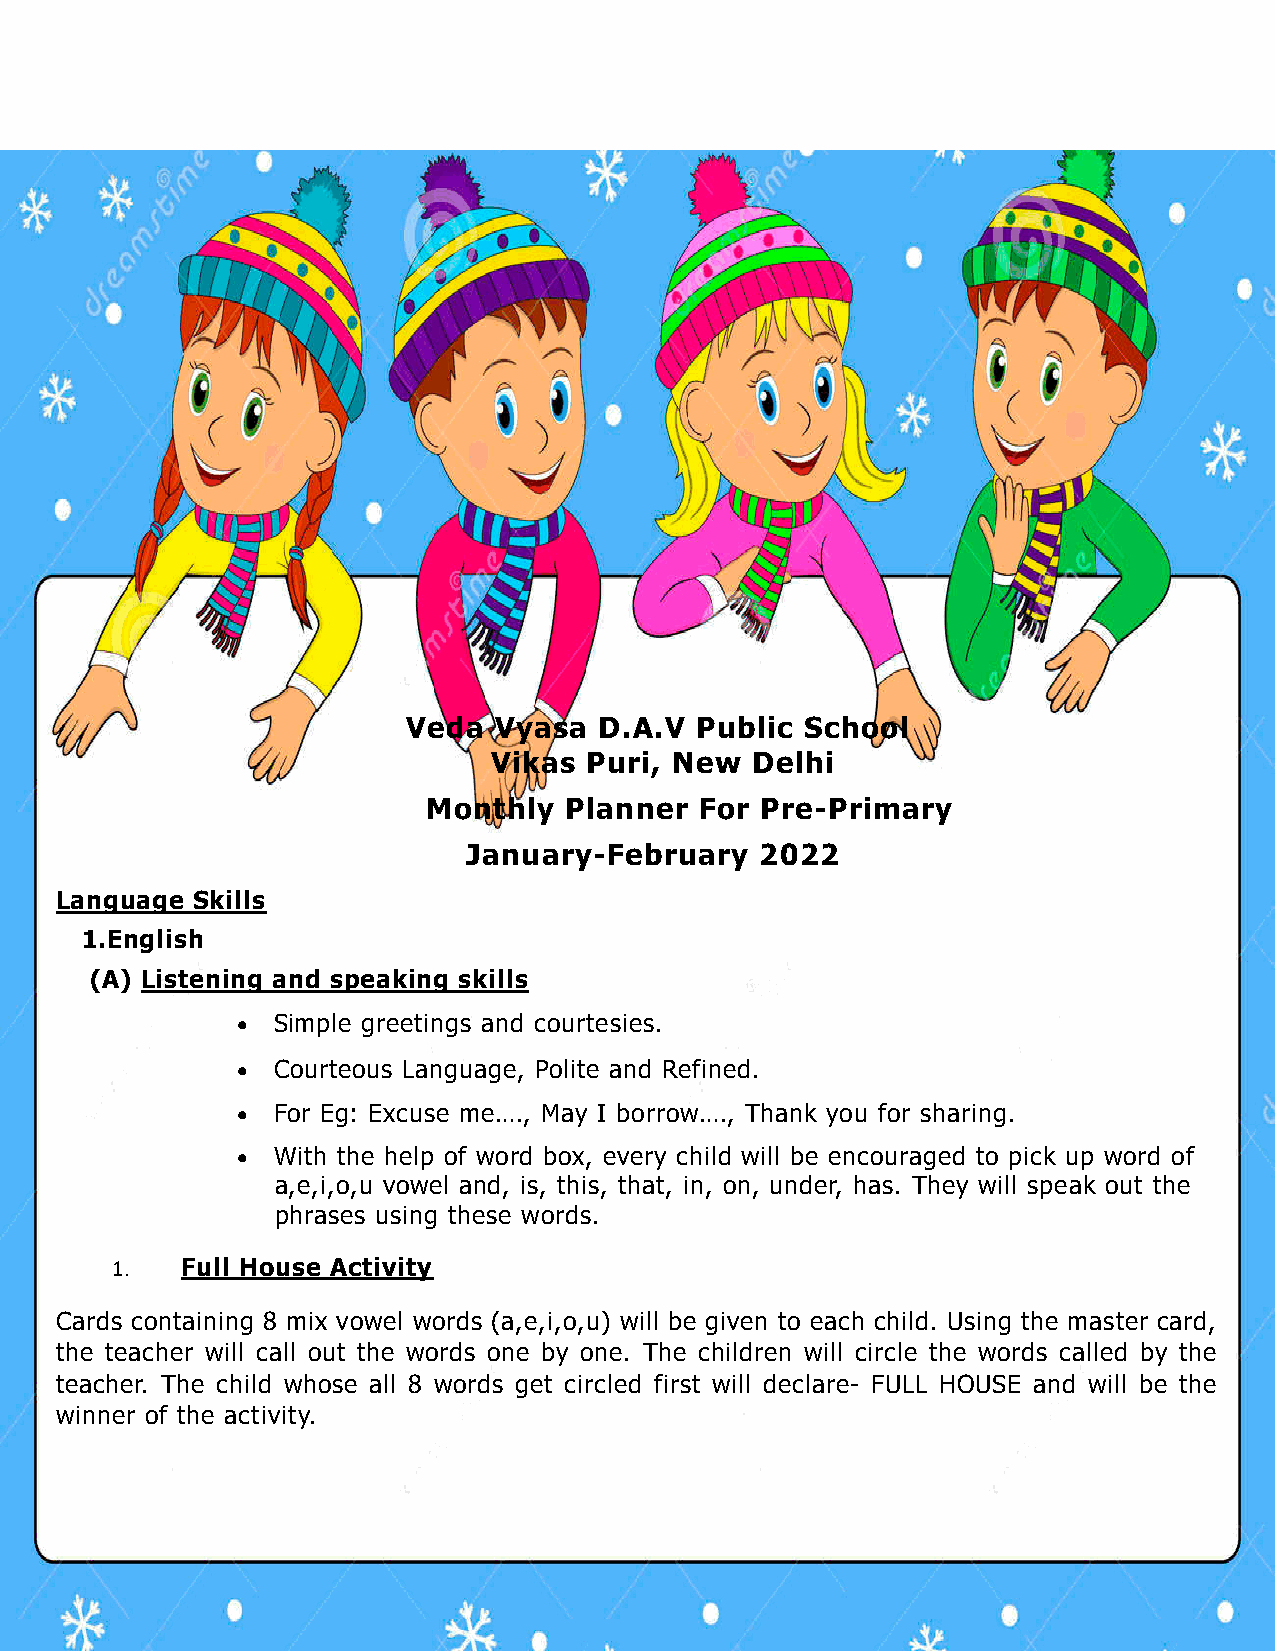
Veda  Vyasa  D.A.V Public School
 Vikas  Puri, New  Delhi
 Monthly  Planner  For Pre-Primary
 January-February   2022
 Language Skills
 1.English
 (A) Listening and speaking skills
 • Simple greetings and courtesies.
 • Courteous Language, Polite and Refined.
 • For Eg: Excuse me…., May I borrow…., Thank you for sharing.
 • With the help of word box, every child will be encouraged to pick up word of
 a,e,i,o,u vowel and, is, this, that, in, on, under, has. They will speak out the
 phrases using these words.
 1.   Full House Activity
 Cards containing 8 mix vowel words (a,e,i,o,u) will be given to each child. Using the master card,
 the teacher will call out the words one by one. The children will circle the words called by the
 teacher. The child whose all 8 words get circled first will declare- FULL HOUSE and will be the
 winner of the activity.